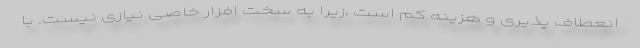
انعطاف پذیری و هزینه کم است ،زیرا به سخت افزار خاصی نیازی نیست. با